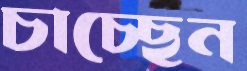
চাচ্ছেন